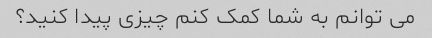
می توانم به شما کمک کنم چیزی پیدا کنید؟